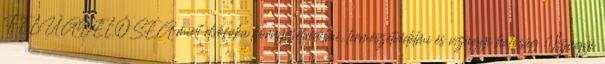
FELÜGYELŐSÉG mint elsőfokú környezetvédelmi, természetvédelmi és vízügyi hatóság Vízügyi